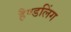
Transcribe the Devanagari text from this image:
हैण्डलिंग